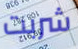
شربت